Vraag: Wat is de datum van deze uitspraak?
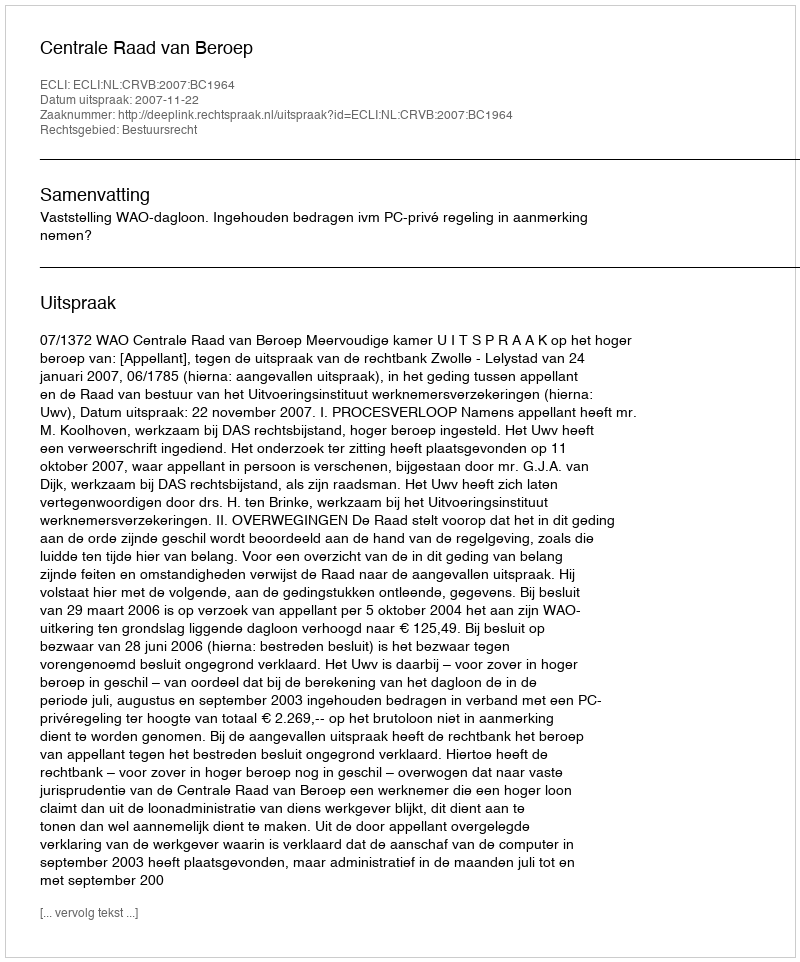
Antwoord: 2007-11-22